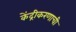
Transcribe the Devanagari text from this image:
केंद्रीकरणाची